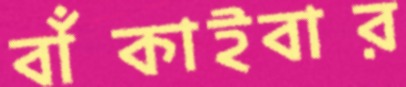
বাঁকাইবার